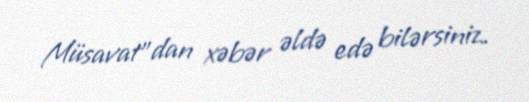
Müsavat”dan xəbər əldə edə bilərsiniz.